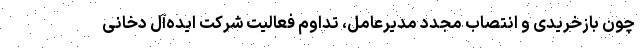
چون بازخریدی و انتصاب مجدد مدیرعامل، تداوم فعالیت شرکت ایده‌آل دخانی